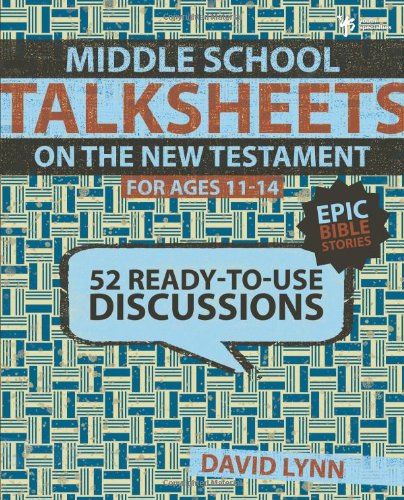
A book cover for Middle School TalkSheets on the New Testament, Epic Bible Stories: 52 Ready-to-Use Discussions; David Lynn; Christian Books & Bibles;